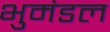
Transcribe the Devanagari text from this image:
भुमंडल